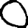
Digit: 0